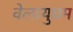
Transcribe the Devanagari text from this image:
वेलायुधम